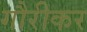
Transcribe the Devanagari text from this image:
गौरीकर